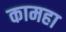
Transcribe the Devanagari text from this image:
कामहा